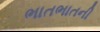
ભાતભાતની